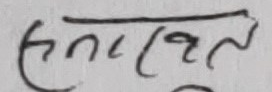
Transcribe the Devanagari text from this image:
समकालीन